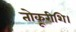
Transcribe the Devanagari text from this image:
तोकूरीशि।